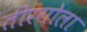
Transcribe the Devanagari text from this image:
तीरगोला